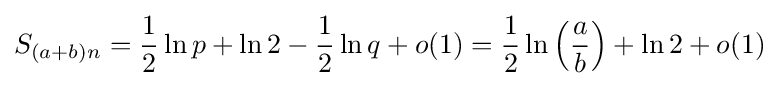
S_{(a+b)n}={1 \over 2}\ln p+\ln 2-{1 \over 2}\ln q+o(1)={1 \over 2}\ln \left({\frac {a}{b}}\right)+\ln 2+o(1)